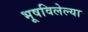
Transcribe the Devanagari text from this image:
भूषविलेल्‍या